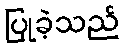
ပြုခဲ့သည်